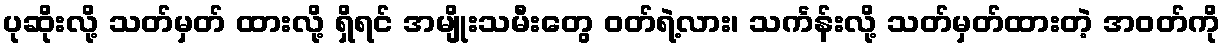
ပုဆိုးလို့ သတ်မှတ် ထားလို့ ရှိရင် အမျိုးသမီးတွေ ဝတ်ရဲ့လား၊ သင်္ကန်းလို့ သတ်မှတ်ထားတဲ့ အဝတ်ကို